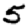
Digit: 5